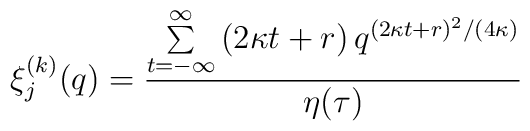
\xi_{j}^{(k)} (q)=\frac{\sum\limits_{t=-\infty }^{\infty }\left(2 \kappa t + r \right) q^{(2  \kappa t + r )^{2}/(4 \kappa)}}{\eta (\tau )}